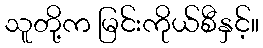
သူတို့က မြင်းကိုယ်စီနှင့်။